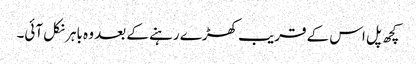
کچھ پل اس کے قریب کھڑے رہنے کے بعد وہ باہر نکل آئی۔